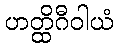
ဟတ္ထိဂီဝါယံ